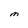
Character: M